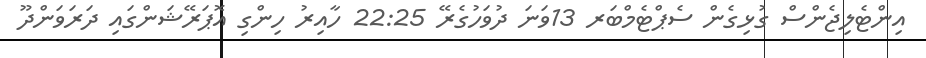
އިންޓެލިޖެންސް ގުޅިގެން ސެޕްޓެމްބަރ 13ވަނަ ދުވަހުގެރޭ 22:25 ހާއިރު ހިންގި އޮޕަރޭޝަންގައި ދަރަވަންދޫ